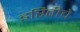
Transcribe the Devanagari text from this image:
इरितीचे